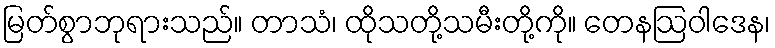
မြတ်စွာဘုရားသည်။ တာသံ၊ ထိုသတို့သမီးတို့ကို။ တေနဩဝါဒေန၊